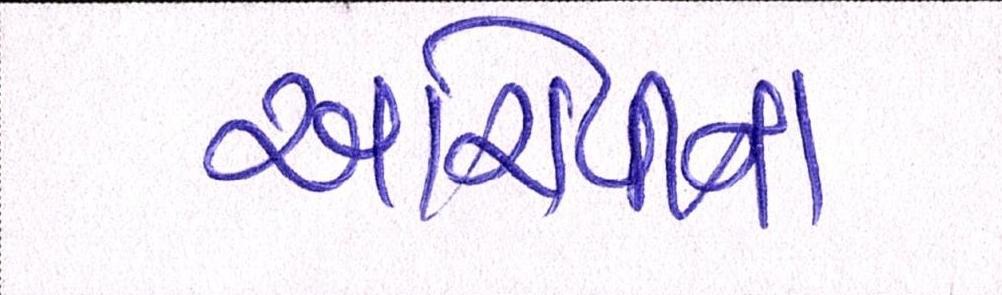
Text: આરોપીના